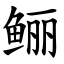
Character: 鲡